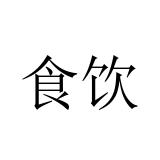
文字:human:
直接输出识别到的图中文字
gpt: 食饮